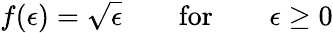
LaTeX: f(\epsilon)=\sqrt{\epsilon}\qquad\mathrm{for}\qquad\epsilon\ge 0